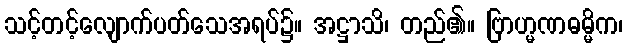
သင့်တင့်လျောက်ပတ်သေအရပ်၌။ အဋ္ဌာသိ၊ တည်၏။ ဗြာဟ္မဏဓမ္မိက၊